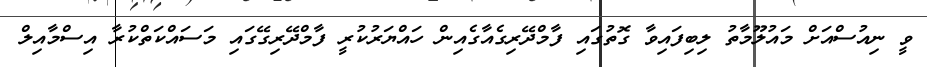
ވީ ނިއުސްއަށް މައުލޫމާތު ލިބިފައިވާ ގޮތުގައި ފާމްދޭރިގެއާގެއިން ހައްޔަރުކުރީ ފާމްދޭރިގޭގައި މަސައްކަތްކުރާ އިސްމާއިލް